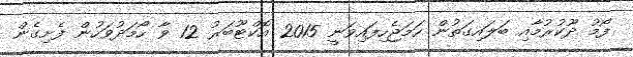
ފޯމު ދޫކުރުމާއި ބަލައިގަތުން ހަމަޖެހިފައިވަނީ 2015 އޮކްޓޫބަރު 12 ވާ ހޯމަދުވަހުން ފެށިގެން